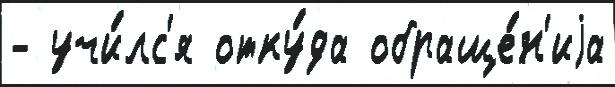
- учи́лс'я отку́да обраще́н'иjа